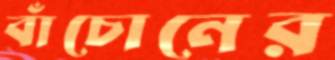
বাঁচোনের